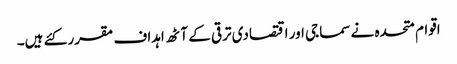
اقوام متحدہ نے سماجی اور اقتصادی ترقی کے آٹھ اہداف مقرر کئے ہیں۔